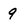
Character: 9